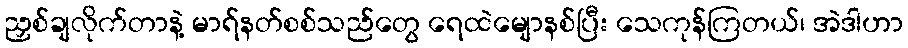
ညှစ်ချလိုက်တာနဲ့ မာရ်နတ်စစ်သည်တွေ ရေထဲမျောနစ်ပြီး သေကုန်ကြတယ်၊ အဲဒါဟာ